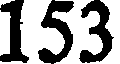
153